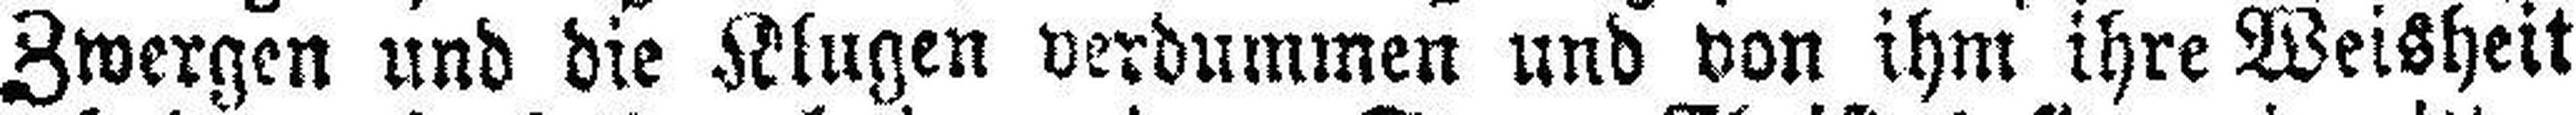
Zwergen und die Klugen verdummen und von ihm ihre Weisheit